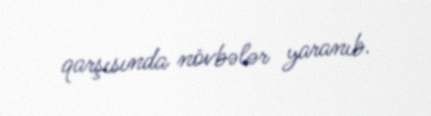
qarşısında növbələr yaranıb.